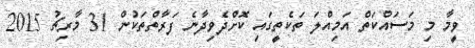
ވީމާ މި މަސައްކަތް އަމިއްލަ ތަކެތީގައި ކޮށްދެވިދާނެ ފަރާތްތަކުން 31 މާރިޗު 2015